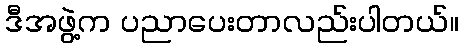
ဒီအဖွဲ့က ပညာပေးတာလည်းပါတယ်။